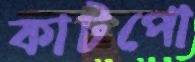
কাটপো